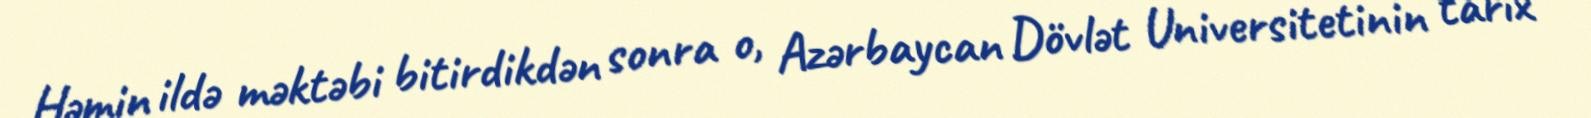
Həmin ildə məktəbi bitirdikdən sonra o, Azərbaycan Dövlət Universitetinin tarix